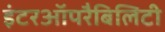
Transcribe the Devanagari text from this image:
इंटरऑपरैबिलिटी